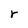
Character: r